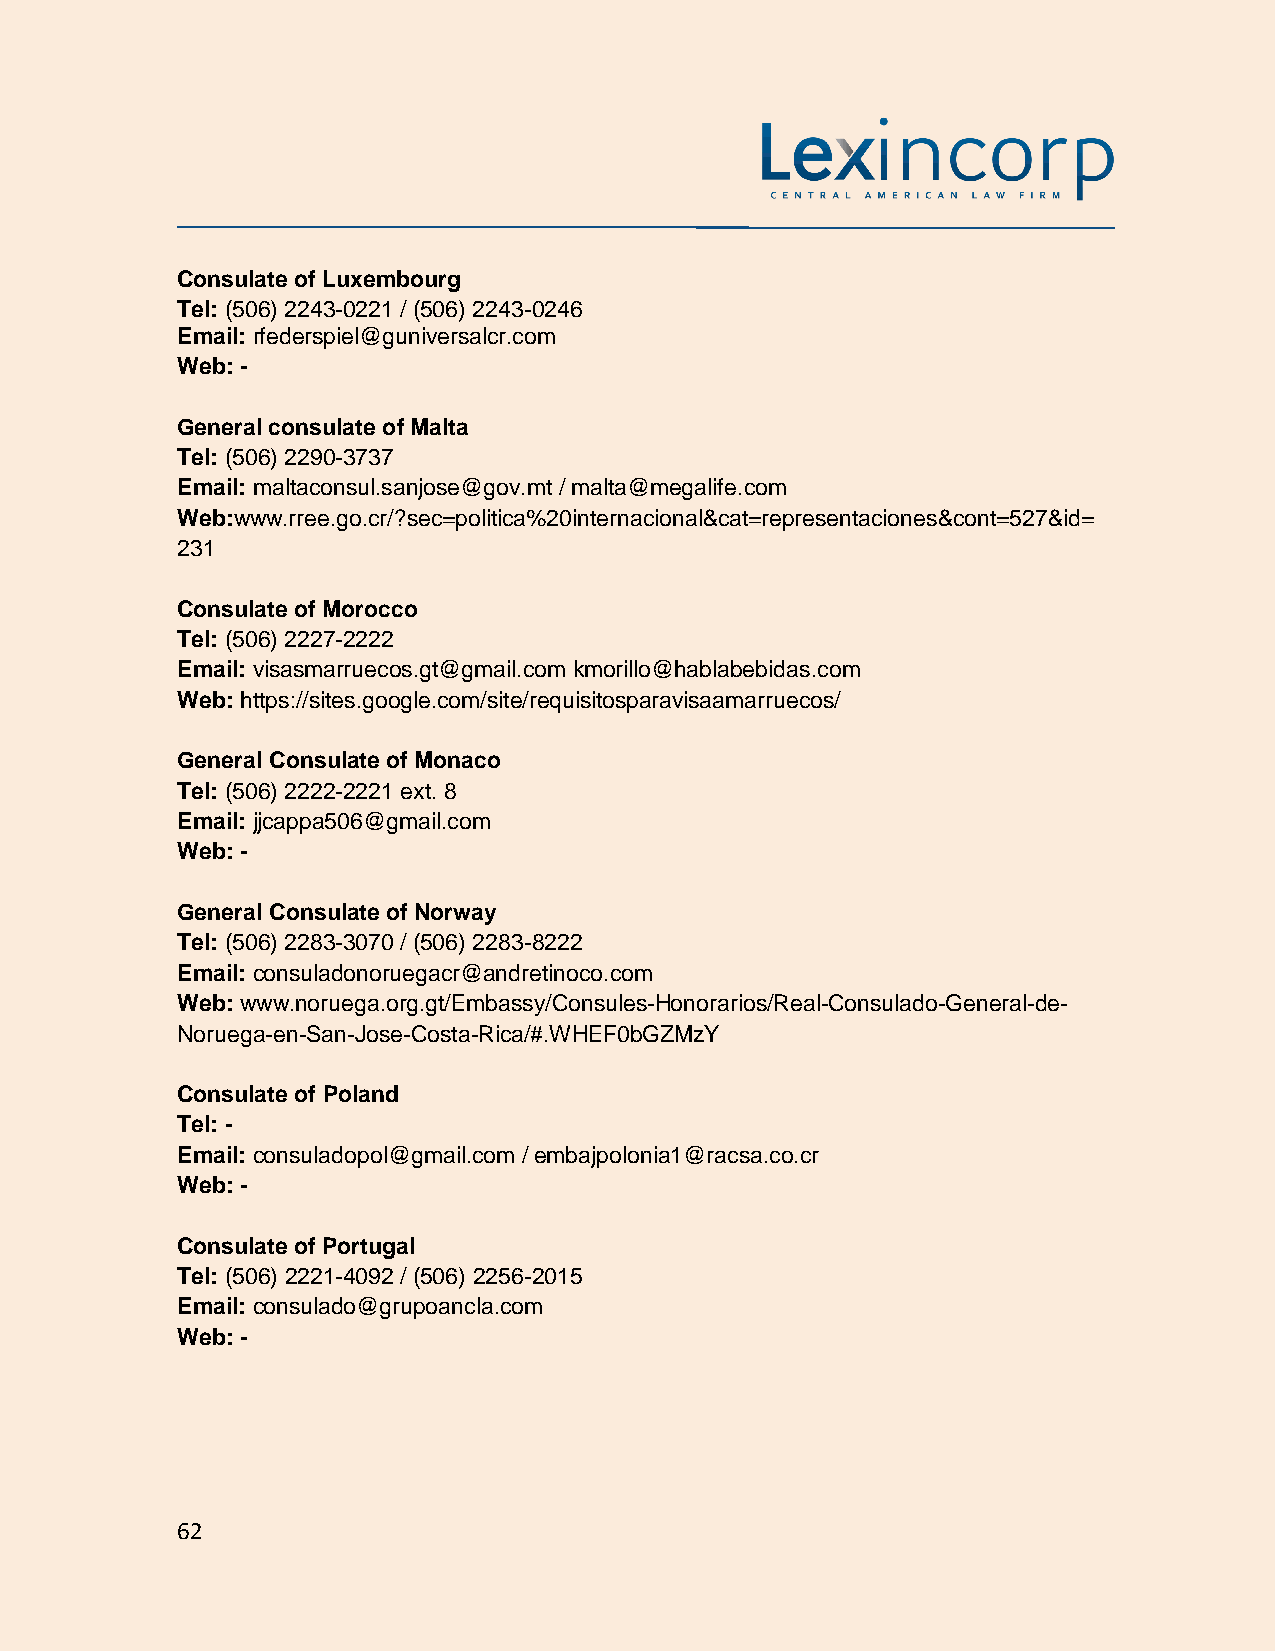
Consulate of Luxembourg
 Tel: (506) 2243-0221 / (506) 2243-0246
 Email: rfederspiel@guniversalcr.com
 Web: -
 General consulate of Malta
 Tel: (506) 2290-3737
 Email: maltaconsul.sanjose@gov.mt / malta@megalife.com
 Web:www.rree.go.cr/?sec=politica%20internacional&cat=representaciones&cont=527&id=
 231
 Consulate of Morocco
 Tel: (506) 2227-2222
 Email: visasmarruecos.gt@gmail.com kmorillo@hablabebidas.com
 Web: https://sites.google.com/site/requisitosparavisaamarruecos/
 General Consulate of Monaco
 Tel: (506) 2222-2221 ext. 8
 Email: jjcappa506@gmail.com
 Web: -
 General Consulate of Norway
 Tel: (506) 2283-3070 / (506) 2283-8222
 Email: consuladonoruegacr@andretinoco.com
 Web: www.noruega.org.gt/Embassy/Consules-Honorarios/Real-Consulado-General-de-
 Noruega-en-San-Jose-Costa-Rica/#.WHEF0bGZMzY
 Consulate of Poland
 Tel: -
 Email: consuladopol@gmail.com / embajpolonia1@racsa.co.cr
 Web: -
 Consulate of Portugal
 Tel: (506) 2221-4092 / (506) 2256-2015
 Email: consulado@grupoancla.com
 Web: -
 62